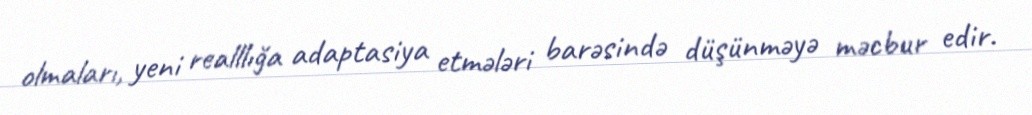
olmaları, yeni realllığa adaptasiya etmələri barəsində düşünməyə məcbur edir.